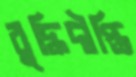
বুদ্ধিদীপ্তি